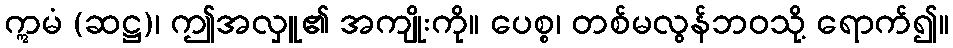
ဣမံ (ဆဋ္ဌ)၊ ဤအလှူ၏ အကျိုးကို။ ပေစ္စ၊ တစ်မလွန်ဘဝသို့ ရောက်၍။